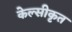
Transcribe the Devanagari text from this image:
केल्सीकृत